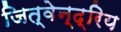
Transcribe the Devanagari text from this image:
जित्वेन्द्रिय